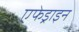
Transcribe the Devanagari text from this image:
एफेड्राइन